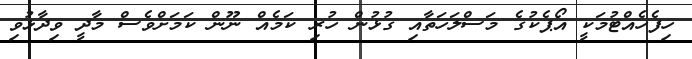
ހިފެހެއްޓުމަކީ އޯޕެކުގެ މަސްލަހަތާއި ގުޅުން ހުރި ކަމެއް ނޫން ކަމަށްވެސް މާދީ ވިދާޅުވި